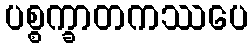
ပစ္စက္ခာတကဿပေ